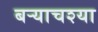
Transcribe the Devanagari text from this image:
बर्‍याचश्या